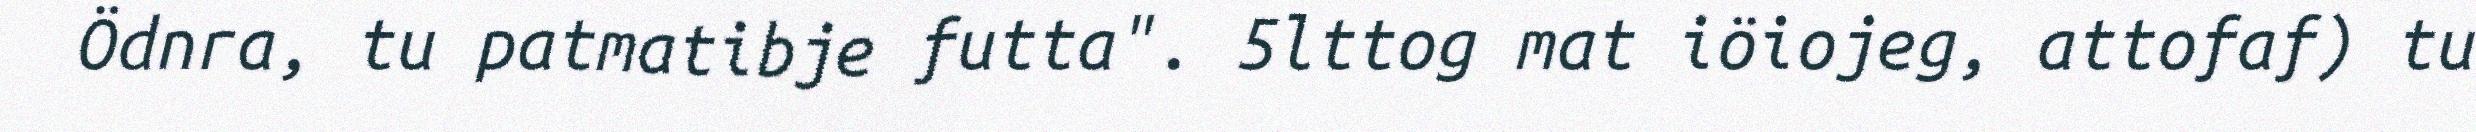
Ödnra, tu patmatibje futta". 5lttog mat iöiojeg, attofaf) tu